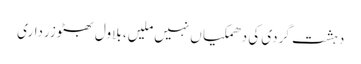
دہشت گردی کی دھمکیا ں نہیں ملیں، بلاول بھٹوزرداری